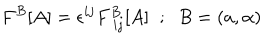
F ^ { B } [ A ] = \epsilon ^ { i j } F _ { \; i j } ^ { B } [ A ] \; \; ; \; \; B = \left( a , \alpha \right)